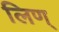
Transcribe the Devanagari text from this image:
लिण्